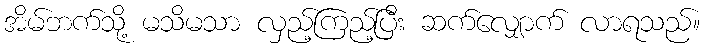
အိမ်ဘက်သို့ မသိမသာ လှည့်ကြည့်ပြီး ဆက်လျှောက် လာရသည်။